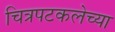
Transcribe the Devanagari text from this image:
चित्रपटकलेच्या